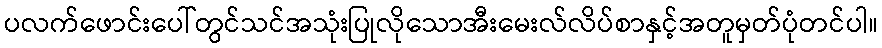
ပလက်ဖောင်းပေါ်တွင်သင်အသုံးပြုလိုသောအီးမေးလ်လိပ်စာနှင့်အတူမှတ်ပုံတင်ပါ။